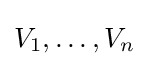
V_{1},\ldots ,V_{n}